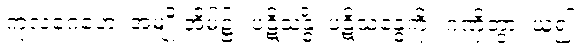
ကုလဂေဟေ၊ အမျိုးအိမ်၌။ ပဋိသန္ဓိံ၊ ပဋိသန္ဓေကို။ ဂဏှိတွာ၊ ယူ၍။